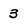
Character: 3